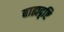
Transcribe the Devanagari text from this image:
बाह्यदृष्टि